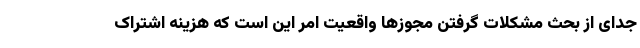
جدای از بحث مشکلات گرفتن مجوزها واقعیت امر این است که هزینه اشتراک